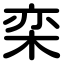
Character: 栾